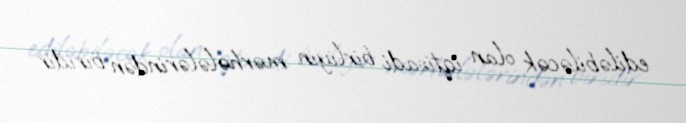
ediləbiləcək olan iqtisadi birliyin mərhələlərindən biridir.